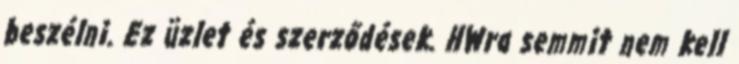
beszélni. Ez üzlet és szerződések. HWra semmit nem kell